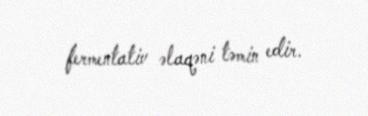
fermentativ əlaqəni təmin edir.